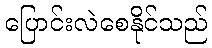
ပြောင်းလဲစေနိုင်သည်